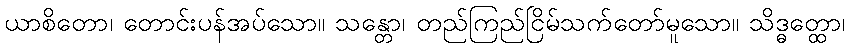
ယာစိတော၊ တောင်းပန်အပ်သော။ သန္တော၊ တည်ကြည်ငြိမ်သက်တော်မူသော။ သိဒ္ဓတ္ထော၊